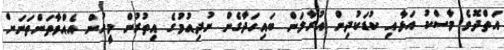
އަތްދޮވެ މާސްކު އަޅާއި ކުޑަކުދިން އުރާލަން ބައިހަދާގެން ނުދިއުމުގެ އިތުރުން މީހުން އެއްވާތަންތަނަށް